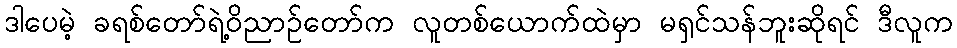
ဒါပေမဲ့ ခရစ်တော်ရဲ့ဝိညာဉ်တော်က လူတစ်ယောက်ထဲမှာ မရှင်သန်ဘူးဆိုရင် ဒီလူက